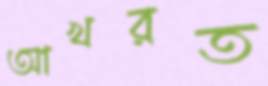
আখরত